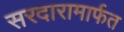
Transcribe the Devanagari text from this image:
सरदारामार्फत